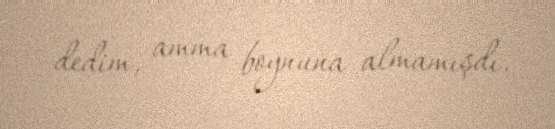
dedim, amma boynuna almamışdı.